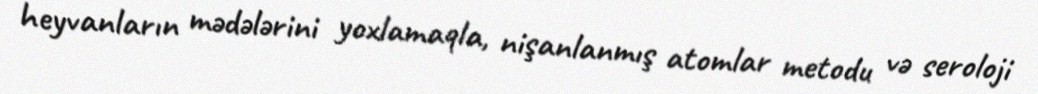
heyvanların mədələrini yoxlamaqla, nişanlanmış atomlar metodu və seroloji